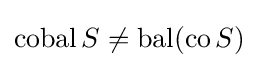
\operatorname {cobal} S\neq \operatorname {bal} (\operatorname {co} S)